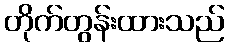
တိုက်တွန်းထားသည်